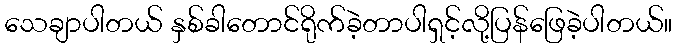
သေချာပါတယ် နှစ်ခါတောင်ရိုက်ခဲ့တာပါရှင့်လို့ပြန်ဖြေခဲ့ပါတယ်။